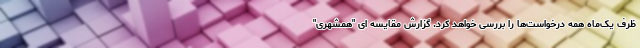
ظرف یک‌ماه همه درخواست‌ها را بررسی خواهد کرد. گزارش مقایسه ای "همشهری"